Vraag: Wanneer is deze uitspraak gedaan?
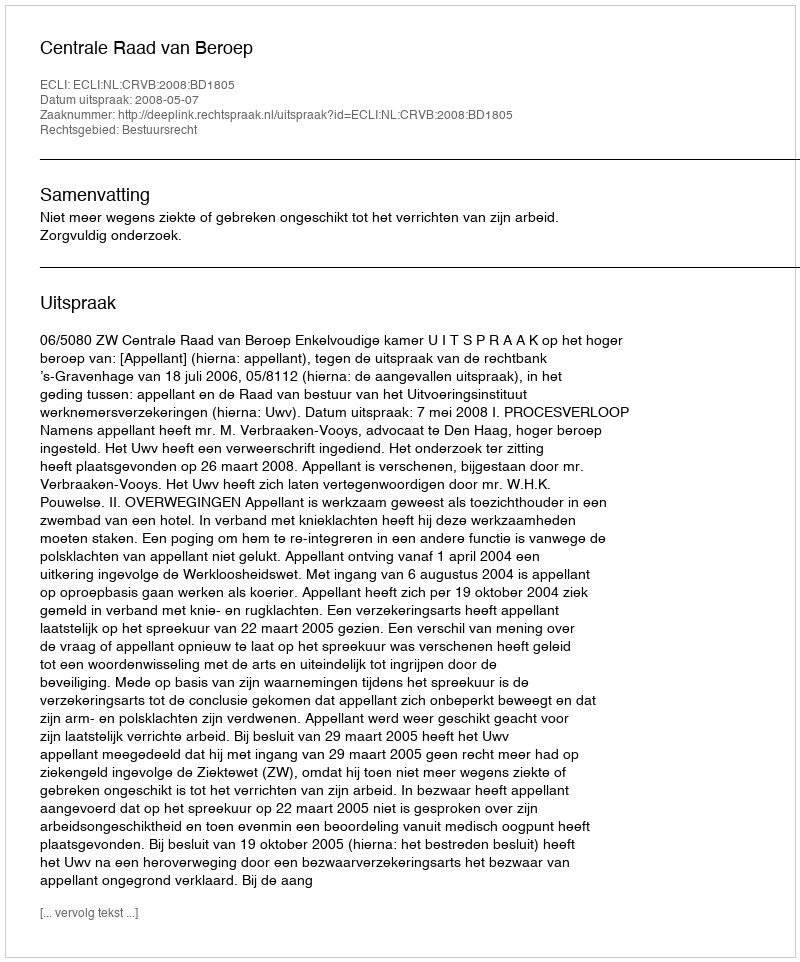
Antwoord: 2008-05-07